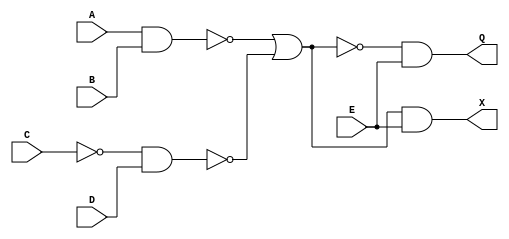
module problem5_18101707(A,B,C,D,E,Q,X);

input A,B,C,D,E;
output Q,X;

nand(F,A,B);
nand(H,~C,D);
nor(I,F,H);
and(Q,I,E);
and(X,~I,E);

endmodule